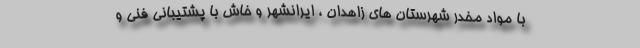
با مواد مخدر شهرستان های زاهدان ، ایرانشهر و خاش با پشتیبانی فنی و